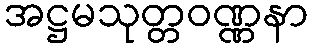
အဋ္ဌမသုတ္တဝဏ္ဏနာ